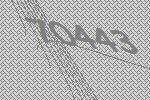
70443